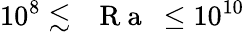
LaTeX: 10^{8}\lesssim\mathrm{~\textit~{~R~a~}~}\leq 10^{10}